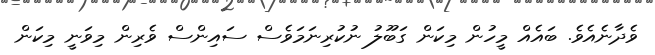
ވެދާނެއެވެ. ބައެއް މީހުން މިކަން ގަބޫލު ނުކުރިނަމަވެސް ސައިންސް ވެރިން މިވަނީ މިކަން